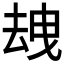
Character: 𱑦